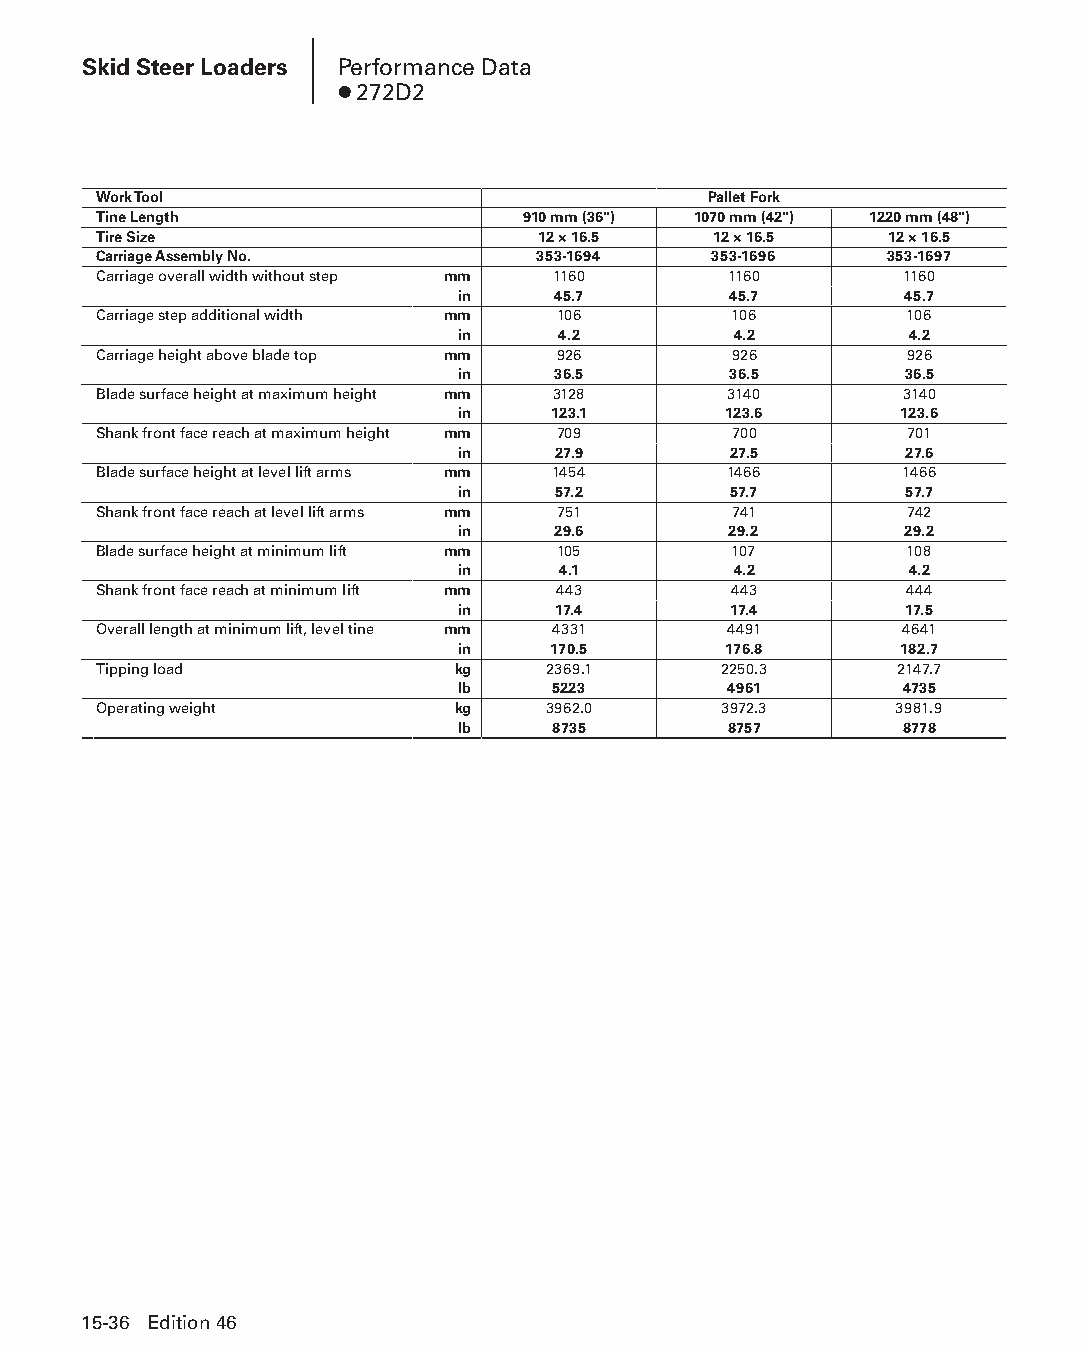
Skid Steer Loaders Performance Data
 ● 272D2
 Work Tool                               Pallet Fork
 Tine Length                 910 mm (36") 1070 mm (42") 1220 mm (48")
 Tire Size                    12 × 16.5   12 × 16.5  12 × 16.5
 Carriage Assembly No.        353-1694    353-1696   353-1697
 Carriage overall width without step mm 1160 1160     1160
 in    45.7        45.7       45.7
 Carriage step additional width mm 106     106        106
 in    4.2         4.2         4.2
 Carriage height above blade top mm 926    926        926
 in    36.5        36.5       36.5
 Blade surface height at maximum height mm 3128 3140  3140
 in    123.1      123.6       123.6
 Shank front face reach at maximum height mm 709 700  701
 in    27.9        27.5       27.6
 Blade surface height at level lift arms mm 1454 1466 1466
 in    57.2        57.7       57.7
 Shank front face reach at level lift arms mm 751 741 742
 in    29.6        29.2       29.2
 Blade surface height at minimum lift mm 105 107      108
 in    4.1         4.2         4.2
 Shank front face reach at minimum lift mm 443 443    444
 in    17.4        17.4       17.5
 Overall length at minimum lift, level tine mm 4331 4491 4641
 in    170.5      176.8       182.7
 Tipping load           kg     2369.1     2250.3      2147.7
 lb    5223        4961       4735
 Operating weight       kg    3962.0      3972.3      3981.9
 lb    8735        8757       8778
 15-36 Edition 46
 PPHHBB--SSeecc1155--1166..iinndddd 3366                        1122//44//1155 1100::5511 AAMM